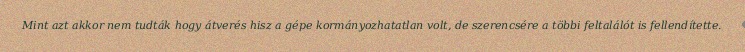
Mint azt akkor nem tudták hogy átverés hisz a gépe kormányozhatatlan volt, de szerencsére a többi feltalálót is fellendítette.